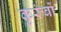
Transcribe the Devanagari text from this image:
कुरुंबों